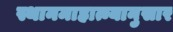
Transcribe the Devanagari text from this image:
स्थानमाहात्म्यानुसार